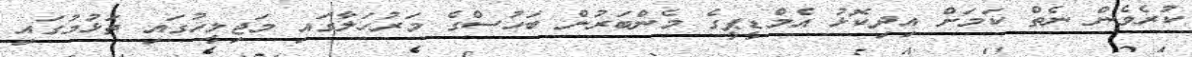
ކުރެވެން ނެތް ކަމަށް އިދިކޮޅު އެމްޑީޕީގެ މެންބަރުން ބަހުސްގެ މަރުހަލާގައި މަޖިލީހުގައި ތަޅުމުގައި